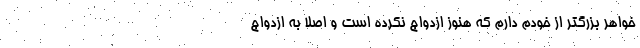
خواهر بزرگتر از خودم دارم که هنوز ازدواج نکرده است و اصلا به ازدواج